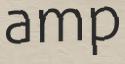
amp